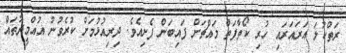
ރަތްކުލަ އަރައަރައި ހުރި ކޯތާފަތް މައްޗަށް ފައިބަން ފެށިއެވެ. ދިރިއުޅުމަށް ކުރެވުނު އުއްމީދުތައް